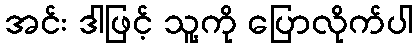
အင်း ဒါဖြင့် သူ့ကို ပြောလိုက်ပါ